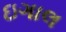
ઇગાલ